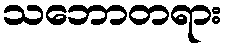
သဘောတရား